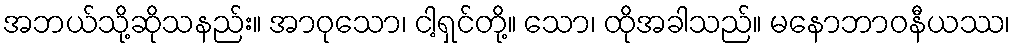
အဘယ်သို့ဆိုသနည်း။ အာဝုသော၊ ငါ့ရှင်တို့။ သော၊ ထိုအခါသည်။ မနောဘာဝနီယဿ၊